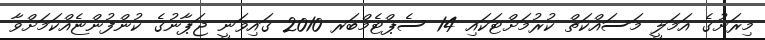
މިރަށުގެ އަމަލީ މަސައްކަތް ކުރުމަށްޓަކައި 14 ސެޕްޓެމްބަރ 2010 ގައިވަނީ ޖަޕާނުގެ ކުންފުންޏެއްކަމަށްވާ